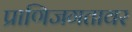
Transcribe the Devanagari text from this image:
प्राणिजगतावर